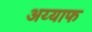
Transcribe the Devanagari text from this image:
अय्याफ